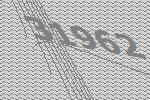
31962